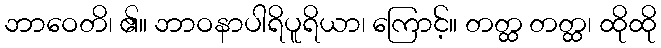
ဘာဝေတိ၊ ၏။ ဘာဝနာပါရိပူရိယာ၊ ကြောင့်။ တတ္ထ တတ္ထ၊ ထိုထို